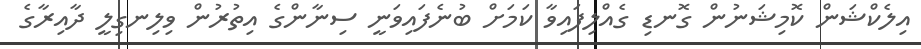
އިލެކްޝަން ކޮމިޝަނުން ގޮނޑި ގެއްލިފައިވާ ކަމަށް ބުނެފައިވަނީ ސިނާންގެ އިތުރުން ވިލިނގިލީ ދާއިރާގެ